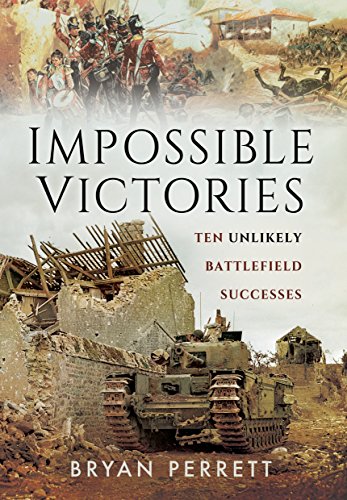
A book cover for Impossible Victories: Ten Unlikely Battlefield Successes; Bryan Perrett; History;